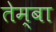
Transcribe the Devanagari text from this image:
तेम्बा